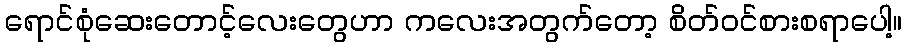
ရောင်စုံဆေးတောင့်လေးတွေဟာ ကလေးအတွက်တော့ စိတ်ဝင်စားစရာပေါ့။